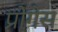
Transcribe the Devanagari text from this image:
प्रोगेस